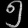
Digit: ၅